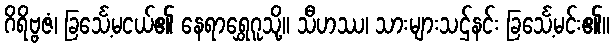
ဂိရိဗ္ဗဇံ၊ ခြင်္သေ့မငယ်၏ နေရာရွှေဂူသို့။ သီဟဿ၊ သားများသဌ်နင်း ခြင်္သေ့မင်း၏။